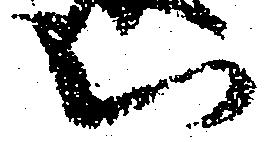
被